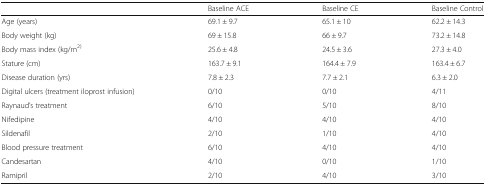
|  | Baseline ACE | Baseline CE | Baseline Control |
 | --- | --- | --- | --- |
 | Age (years) | 69.1 ± 9.7 | 65.1 ± 10 | 62.2 ± 14.3 |
 | Body weight (kg) | 69 ± 15.8 | 66 ± 9.7 | 73.2 ± 14.8 |
 | Body mass index (kg/m2) | 25.6 ± 4.8 | 24.5 ± 3.6 | 27.3 ± 4.0 |
 | Stature (cm) | 163.7 ± 9.1 | 164.4 ± 7.9 | 163.4 ± 6.7 |
 | Disease duration (yrs) | 7.8 ± 2.3 | 7.7 ± 2.1 | 6.3 ± 2.0 |
 | Digital ulcers (treatment iloprost infusion) | 0/10 | 0/10 | 4/11 |
 | Raynaud’s treatment | 6/10 | 5/10 | 8/10 |
 | Nifedipine | 4/10 | 4/10 | 4/10 |
 | Sildenafil | 2/10 | 1/10 | 4/10 |
 | Blood pressure treatment | 6/10 | 4/10 | 4/10 |
 | Candesartan | 4/10 | 0/10 | 1/10 |
 | Ramipril | 2/10 | 4/10 | 3/10 |